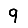
Digit: 9